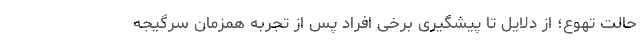
حالت تهوع؛ از دلایل تا پیشگیری برخی افراد پس از تجربه همزمان سرگیجه